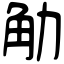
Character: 觔